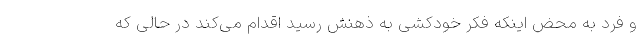
و فرد به محض اینکه فکر خودکشی به ذهنش رسید اقدام می‌کند در حالی که